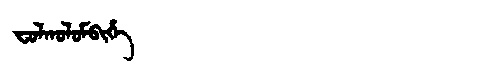
Manchu: ᠸᠣᠯᡴᠣᠯᠣᠮᠪᡳᡥᡝ
Romanization: FOLKOLOMBIHE